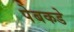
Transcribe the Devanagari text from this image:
पेबकडे